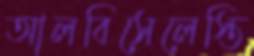
আলবিসেলেস্তি